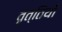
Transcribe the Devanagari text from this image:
वृत्तियॉँ